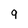
Character: 9